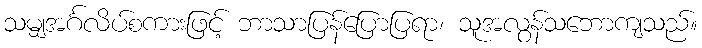
သမျှအင်္ဂလိပ်စကားဖြင့် ဘာသာပြန်ပြောပြရာ၊ သူအလွန်သဘောကျသည်။